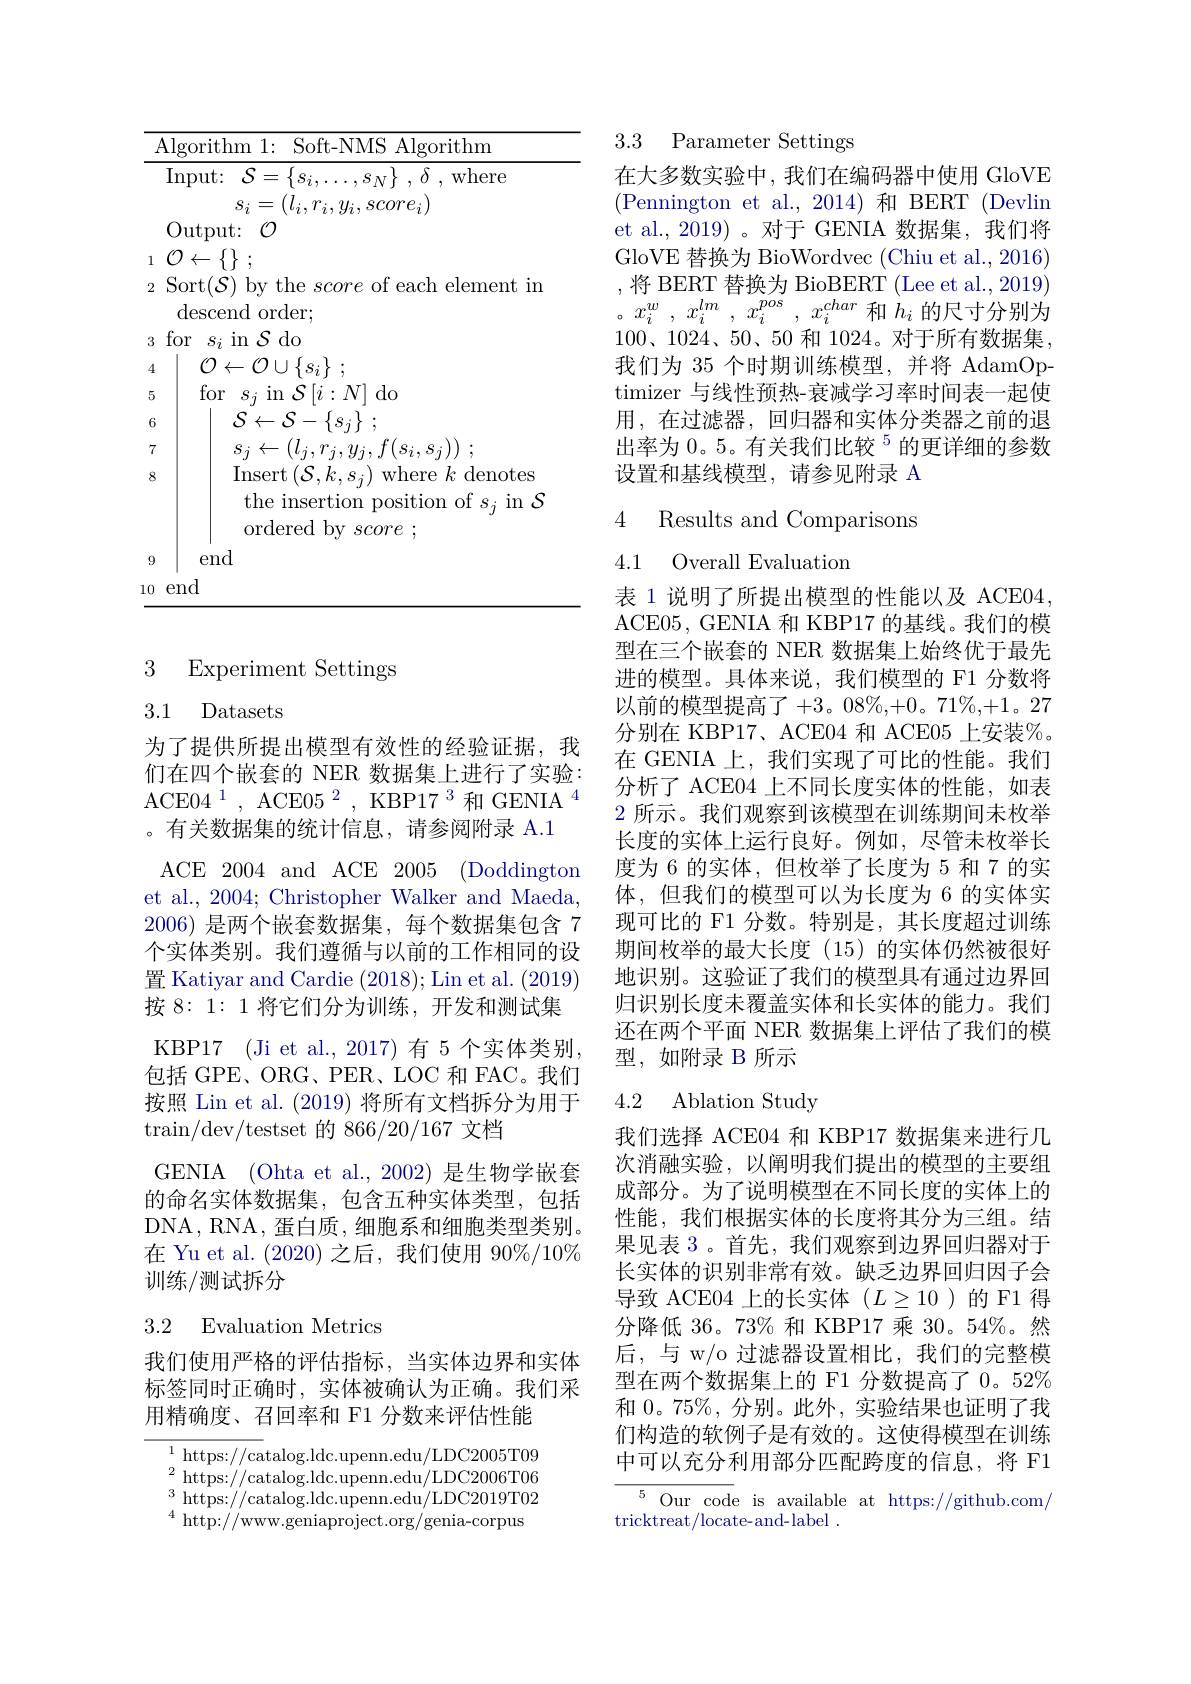
<table>
	<tbody>
		<tr>
			<td>$I$</td>
			<td>${\mathrm{Algorithm~1:~Soft-NMS~Algorithm}}$</td>
		</tr>
		<tr>
			<td> </td>
			<td>Input: $\mathcal{S}=.$ $\{ s_{i}, \ldots , s_{N}\}$ , $\delta$ , where</td>
		</tr>
		<tr>
			<td> </td>
			<td>$s_{i}=$ $(l_{i},r_{i},y_{i},score_{i}$, Output: $\mathcal{O}$</td>
		</tr>
		<tr>
			<td>1</td>
			<td>$\mathcal{O}\leftarrow\{\}$</td>
		</tr>
		<tr>
			<td>2</td>
			<td>Sort(S) by the score ot each element im ${\mathrm{descend~order}};$</td>
		</tr>
		<tr>
			<td>3</td>
			<td>for r$s_{i}$in$\mathcal S$do</td>
		</tr>
		<tr>
			<td>5</td>
			<td>for$s_{j}$in$\mathcal{S}\left[i:N\right]$do</td>
		</tr>
		<tr>
			<td>6</td>
			<td>$\mathcal{S} \leftarrow \mathcal{S} - \left \{ s_{j}\right \}$ ;</td>
		</tr>
		<tr>
			<td>7 8</td>
			<td>$s_{j}\leftarrow ( l_{j}, r_{j}, y_{j}, f( s_{i}, s_{j}) )$ ; $\operatorname{Insert}\left(\mathcal{S},k,s_{j}\right)$ ) where $k$ denotes</td>
		</tr>
		<tr>
			<td>8 9</td>
			<td>$\operatorname{Insert}\left(\mathcal{S},k,s_{j}\right)$ ) where $k$ denotes the insertion position of $s_{j}$in $\mathcal{S}$ ordered by score ; end</td>
		</tr>
		<tr>
			<td>10</td>
			<td>end</td>
		</tr>
	</tbody>
</table>

3 Experiment Settings

3.1 Datasets

为了提供所提出模型有效性的经验证据，我们在四个嵌套的 NER 数据集上进行了实验： $\mathrm{ACE04}^{1}$ , $\mathrm{ACE05}^{2}$ , $\mathrm{KBP17}^{3}$ 和 GENIA$^{4}$ 。有关数据集的统计信息，请参阅附录 A.1
ACE 2004 and ACE 2005 (Doddington et al., 2004; Christopher Walker and Maeda 2006)是两个嵌套数据集，每个数据集包含 7个实体类别。我们遵循与以前的工作相同的设置 Katiyar and Cardie (2018);Lin et al.(2019) 按 8: 1: 1 将它们分为训练，开发和测试集KBP17 (Ji et al., 2017)有5个实体类别， 包括 GPE、ORG、PER、LOC 和 FAC。我们按照 Lin et al. (2019) 将所有文档拆分为用于$\operatorname{train/dev/testset}$的866/20/167 文档
GENIA (Ohta et al., 2002) 是生物学嵌套的命名实体数据集，包含五种实体类型，包括DNA, RNA, 蛋白质，细胞系和细胞类型类别。在 Yu et al. (2020)之后，我们使用 90%/10% 训练/测试拆分

# 3.2 Evaluation Metrics

我们使用严格的评估指标，当实体边界和实体标签同时正确时，实体被确认为正确。我们采用精确度、召回率和 F1 分数来评估性能

$^{1}$https://catalog.ldc.upenn.edu/LDC2005T09 $^{2}$https://catalog.ldc.upenn.edu/LDC2006T06 $^{3}$https://catalog.ldc.upenn.edu/LDC2019T02 $^{4}$http://www.geniaproject.org/genia-corpus

3.3 Parameter Settings

在大多数实验中，我们在编码器中使用 GloVE (Pennington et al.,2014)和 BERT(Devlin et al., 2019)。对于 GENIA 数据集，我们将GloVE 替换为 BioWordvec (Chiu et al., 2016) ,将 BERT 替换为 BioBERT (Lee et al., 2019) 。$x_i^w$ , $x_i^{lm}$ , $x_i^{pos}$ , $x_i^{char}$ 和$h_i$ 的尺寸分别为$100、1024、50、50$ 和 1024。对于所有数据集， 我们为 35 个时期训练模型，并将 AdamOptimizer 与线性预热-衰减学习率时间表一起使用，在过滤器，回归器和实体分类器之前的退出率为 0。5。有关我们比较$^{5}$的更详细的参数设置和基线模型，请参见附录 A

4 Results and Comparisons
4.1 Overall Evaluation

表 1 说明了所提出模型的性能以及 ACE04, ACE05, GENIA 和 KBP17 的基线。我们的模型在三个嵌套的 NER 数据集上始终优于最先进的模型。具体来说，我们模型的 F1 分数将以前的模型提高了+3。08%,+0。71%,+1。27分别在 KBP17、ACE04 和 ACE05 上安装%。在 GENIA 上，我们实现了可比的性能。我们分析了 ACE04 上不同长度实体的性能，如表2 所示。我们观察到该模型在训练期间未枚举长度的实体上运行良好。例如，尽管未枚举长度为 6 的实体，但枚举了长度为 5 和 7 的实体，但我们的模型可以为长度为 6 的实体实现可比的 F1 分数。特别是，其长度超过训练期间枚举的最大长度(15)的实体仍然被很好地识别。这验证了我们的模型具有通过边界回归识别长度未覆盖实体和长实体的能力。我们还在两个平面 NER 数据集上评估了我们的模型，如附录 B 所示

# 4.2 Ablation Study

我们选择 ACE04 和 KBP17 数据集来进行几次消融实验，以阐明我们提出的模型的主要组成部分。为了说明模型在不同长度的实体上的性能，我们根据实体的长度将其分为三组。结果见表 3。首先，我们观察到边界回归器对于长实体的识别非常有效。缺乏边界回归因子会导致 ACE04 上的长实体$(L\geq10$)的F1 得分降低 36。73% 和 KBP17 乘 30。54%。然后，与 w/o 过滤器设置相比，我们的完整模型在两个数据集上的 F1 分数提高了 0。52% 和0。75%,分别。此外，实验结果也证明了我们构造的软例子是有效的。这使得模型在训练中可以充分利用部分匹配跨度的信息，将 F1

$\begin{array}{ccc}{{^5}\text{Our}}&{{\mathrm{code}}}&{{\mathrm{is}}}&{{\mathrm{available}}}&{{\mathrm{at}}}&{{\mathrm{https://github.com/}}}\\{{\mathrm{tricktreat/locate-and-label~.}}}\end{array}$